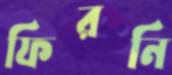
ফিরনি